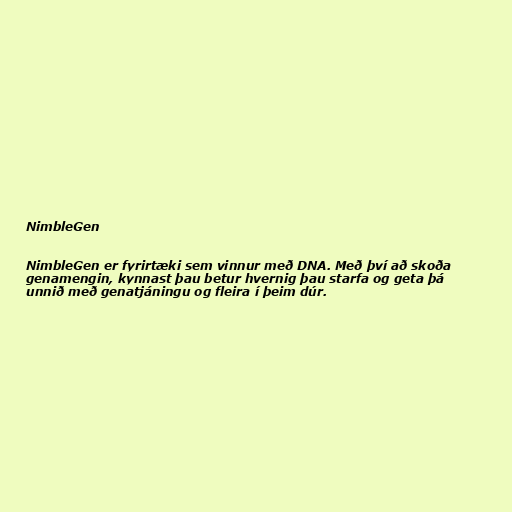
NimbleGen

NimbleGen er fyrirtæki sem vinnur með DNA. Með því að skoða
genamengin, kynnast þau betur hvernig þau starfa og geta þá
unnið með genatjáningu og fleira í þeim dúr.